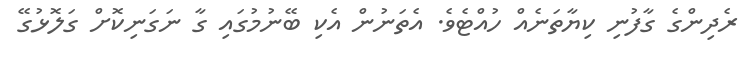
ރެދިންގެ ގާފުނި ކިޔާތަނެއް ހުއްޓެވެ. އެތަނުން އެކި ބޭނުމުގައި ގާ ނަގަނިކޮށް ގަލޮޅުގޭ